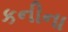
કનીના